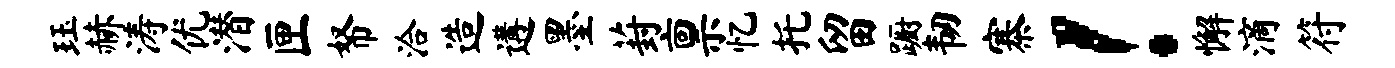
珏赫涛优潜匣帑洽造遘墨葑禀忆托留蹰韧寨！懈滴符